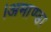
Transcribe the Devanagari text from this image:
।अमाण्डा